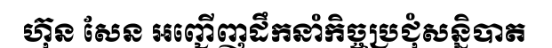
ហ៊ុន សែន អញ្ជើញដឹកនាំកិច្ចប្រជុំសន្និបាត